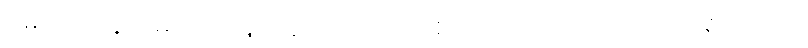
မောဂ္ဂလာန၊ မောဂ္ဂလာန်။ တွံ၊ သင်သည်။ ဧတိဿာ ပရိသာယ၊ ဤပရိသတ်၌။